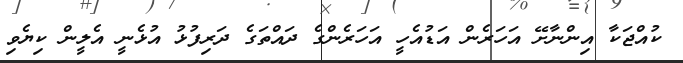
ކުއްޖަކާ އިންނާށޭ އަހަރެން އަޑުއެހީ އަހަރެންގެ ދައްތަގެ ދަރިފުޅު އުޅެނީ އެލީން ކިޔެވި